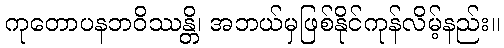
ကုတောပနဘဝိဿန္တိ၊ အဘယ်မှဖြစ်နိုင်ကုန်လိမ့်နည်း။